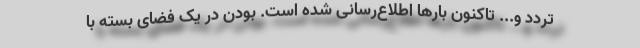
تردد و... تاکنون بارها اطلاع‌رسانی شده است. بودن در یک فضای بسته با